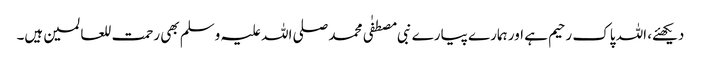
دیکھئے، اللہ پاک رحیم ہے اور ہمارے پیارے نبی مصطفٰی محمد صلی اللہ علیہ وسلم بھی رحمت للعالمین ہیں۔